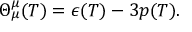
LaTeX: \Theta _ { \mu } ^ { \mu } ( T ) = \epsilon ( T ) - 3 p ( T ) .